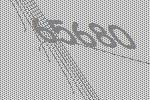
65680